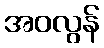
အဝလွန်